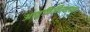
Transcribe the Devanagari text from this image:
आवृत्तिविस्थापन